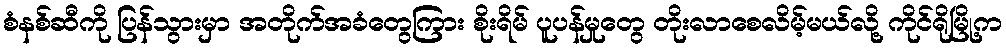
စံနစ်ဆီကို ပြန်သွားမှာ အတိုက်အခံတွေကြား စိုးရိမ် ပူပန်မှုတွေ တိုးလာစေလိမ့်မယ်လို့ ကိုင်ရိုမြို့က